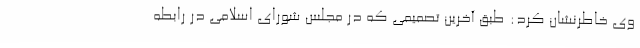
وی خاطرنشان کرد: طبق آخرین تصمیمی که در مجلس شورای اسلامی در رابطه